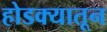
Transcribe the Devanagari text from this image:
होडक्यातून